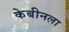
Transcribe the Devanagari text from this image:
केबीनला